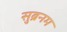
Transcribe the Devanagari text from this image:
सुब्रनम